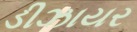
ડીઝાયર